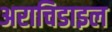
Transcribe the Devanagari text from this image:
अराचिडाइल